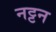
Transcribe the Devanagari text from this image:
नट्टन